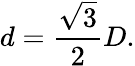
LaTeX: d={\frac{\sqrt{3}}{2}}D.